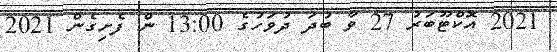
2021 އޮކްޓޫބަރު 27 ވާ ބުދަ ދުވަހުގެ 13:00 ން ފެށިގެން 2021